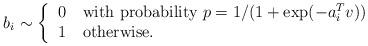
LaTeX: \begin{align*}b_i \sim \left\{\begin{tabular}{ll}0 & with probability $p=1/(1+ \exp(-a_i^Tv))$ \\1 & otherwise.\end{tabular}\right.\end{align*}